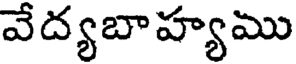
వేద్యబాహ్యము